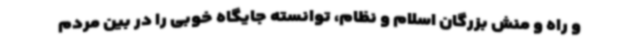
و راه و منش بزرگان اسلام و نظام، توانسته جایگاه خوبی را در بین مردم